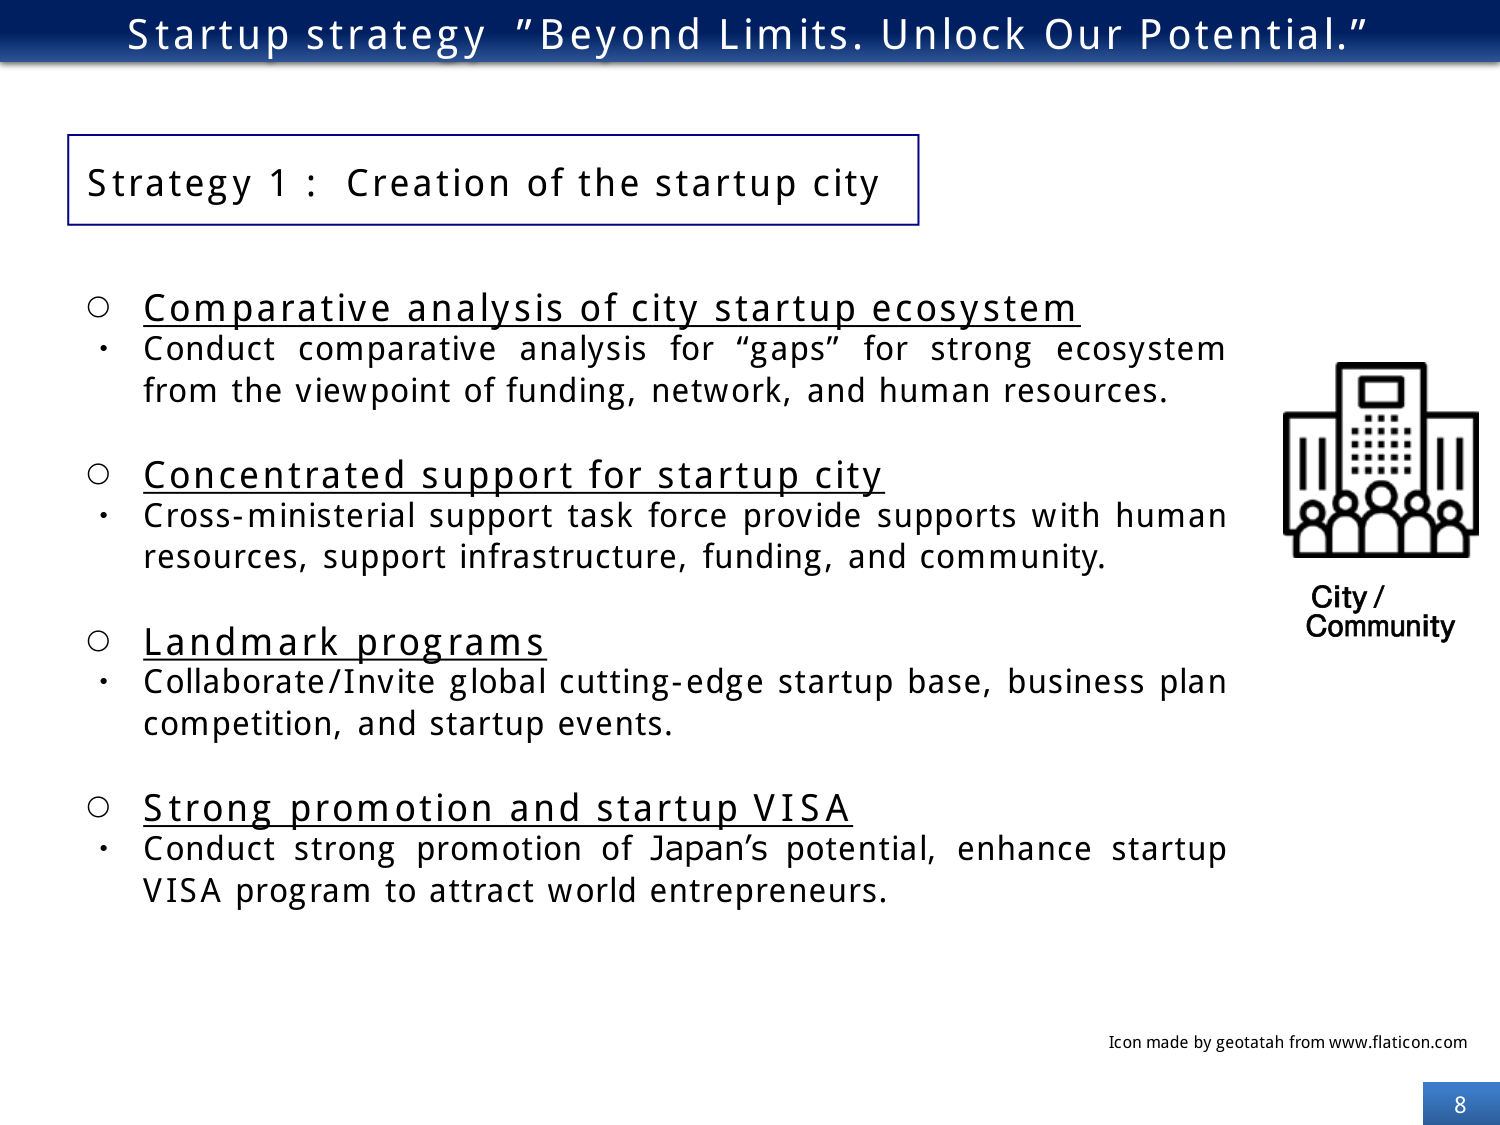
Startup strategy "Beyond Limits. Unlock Our Potential."

Strategy 1: Creation of the startup city

○ Comparative analysis of city startup ecosystem
• Conduct comparative analysis for “gaps” for strong ecosystem from the viewpoint of funding, network, and human resources.

○ Concentrated support for startup city
• Cross-ministerial support task force provide supports with human resources, support infrastructure, funding, and community.

○ Landmark programs
• Collaborate/Invite global cutting-edge startup base, business plan competition, and startup events.

○ Strong promotion and startup VISA
• Conduct strong promotion of Japan’s potential, enhance startup VISA program to attract world entrepreneurs.

City / Community

Icon made by geotatah from www.flaticon.com

8